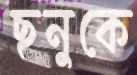
ছনুকে